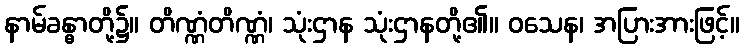
နာမ်ခန္ဓာတို့၌။ တိဏ္ဏံတိဏ္ဏံ၊ သုံးဌာန သုံးဌာနတို့၏။ ဝသေန၊ အပြားအားဖြင့်။